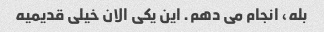
بله، انجام می دهم. این یکی الان خیلی قدیمیه